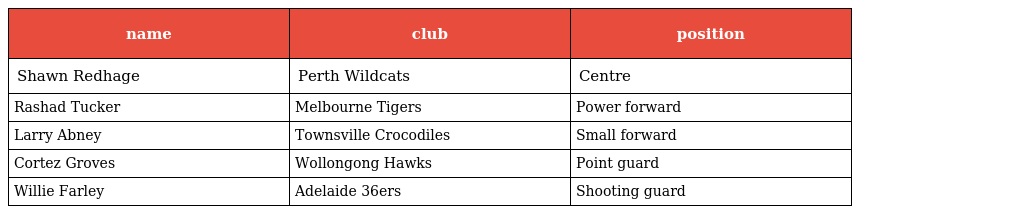
| name | club | position |
 | --- | --- | --- |
 | Shawn Redhage | Perth Wildcats | Centre |
 | Rashad Tucker | Melbourne Tigers | Power forward |
 | Larry Abney | Townsville Crocodiles | Small forward |
 | Cortez Groves | Wollongong Hawks | Point guard |
 | Willie Farley | Adelaide 36ers | Shooting guard |